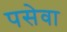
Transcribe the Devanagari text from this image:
पसेवा